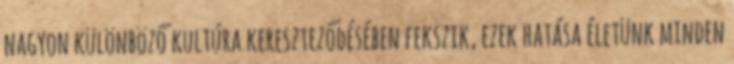
nagyon különböző kultúra kereszteződésében fekszik, ezek hatása életünk minden